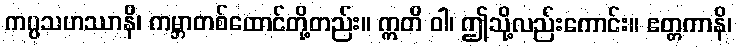
ကပ္ပသဟဿာနိ၊ ကမ္ဘာတစ်ထောင်တို့တည်း။ ဣတိ ဝါ၊ ဤသို့လည်းကောင်း။ ဧတ္တကာနိ၊